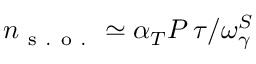
n _ { \mathrm { ~ s ~ . ~ o ~ . ~ } } \simeq \alpha _ { T } P \, \tau / \omega _ { \gamma } ^ { S }